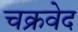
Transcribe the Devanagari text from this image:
चक्रवेद